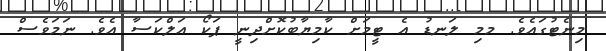
މިނެޓުގައެވެ. މމި ލަނޑު އެ ޓީމަށް ކާމިޔާބުކޮށްދިނީ ޕަކޯ އަލްކަސާ އެވެ. ނަމަވެސް